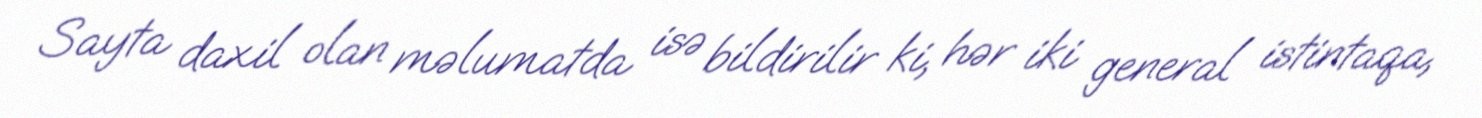
Sayta daxil olan məlumatda isə bildirilir ki, hər iki general istintaqa,